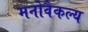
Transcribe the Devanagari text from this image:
मनोवैकल्य